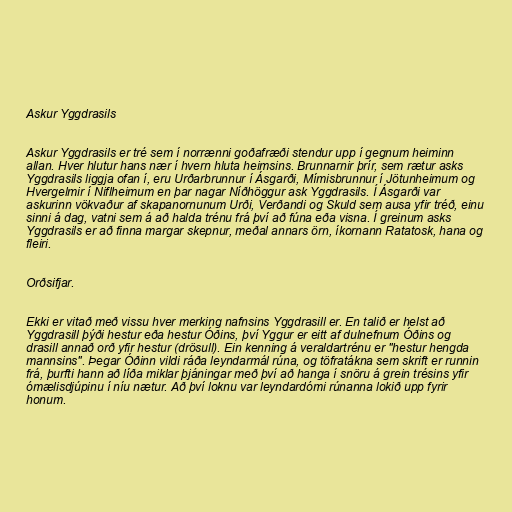
Askur Yggdrasils

Askur Yggdrasils er tré sem í norrænni goðafræði stendur upp í gegnum heiminn
allan. Hver hlutur hans nær í hvern hluta heimsins. Brunnarnir þrír, sem rætur asks
Yggdrasils liggja ofan í, eru Urðarbrunnur í Ásgarði, Mímisbrunnur í Jötunheimum og
Hvergelmir í Niflheimum en þar nagar Níðhöggur ask Yggdrasils. Í Ásgarði var
askurinn vökvaður af skapanornunum Urði, Verðandi og Skuld sem ausa yfir tréð, einu
sinni á dag, vatni sem á að halda trénu frá því að fúna eða visna. Í greinum asks
Yggdrasils er að finna margar skepnur, meðal annars örn, íkornann Ratatosk, hana og
fleiri.

Orðsifjar.

Ekki er vitað með vissu hver merking nafnsins Yggdrasill er. En talið er helst að
Yggdrasill þýði hestur eða hestur Óðins, því Yggur er eitt af dulnefnum Óðins og
drasill annað orð yfir hestur (drösull). Ein kenning á veraldartrénu er "hestur hengda
mannsins". Þegar Óðinn vildi ráða leyndarmál rúna, og töfratákna sem skrift er runnin
frá, þurfti hann að líða miklar þjáningar með því að hanga í snöru á grein trésins yfir
ómælisdjúpinu í níu nætur. Að því loknu var leyndardómi rúnanna lokið upp fyrir
honum.